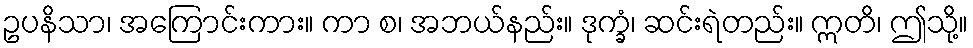
ဥပနိသာ၊ အကြောင်းကား။ ကာ စ၊ အဘယ်နည်း။ ဒုက္ခံ၊ ဆင်းရဲတည်း။ ဣတိ၊ ဤသို့။